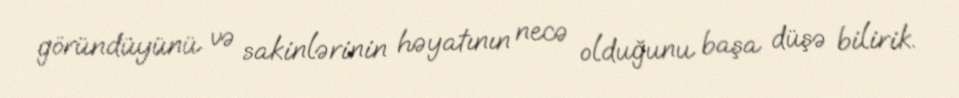
göründüyünü və sakinlərinin həyatının necə olduğunu başa düşə bilirik.